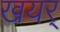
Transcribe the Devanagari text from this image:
खयर्